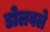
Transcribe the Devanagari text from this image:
डोलवले